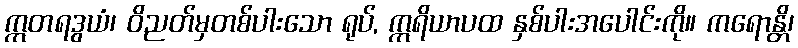
ဣတရဒွယံ၊ ဝိညတ်မှတစ်ပါးသော ရုပ်, ဣရိယာပထ နှစ်ပါးအပေါင်းကို။ ကရောန္တိ၊